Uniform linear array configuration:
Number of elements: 64
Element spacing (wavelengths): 1
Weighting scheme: blackman
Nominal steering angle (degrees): -30
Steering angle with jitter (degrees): -28.978
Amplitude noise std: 0.05
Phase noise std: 0.05

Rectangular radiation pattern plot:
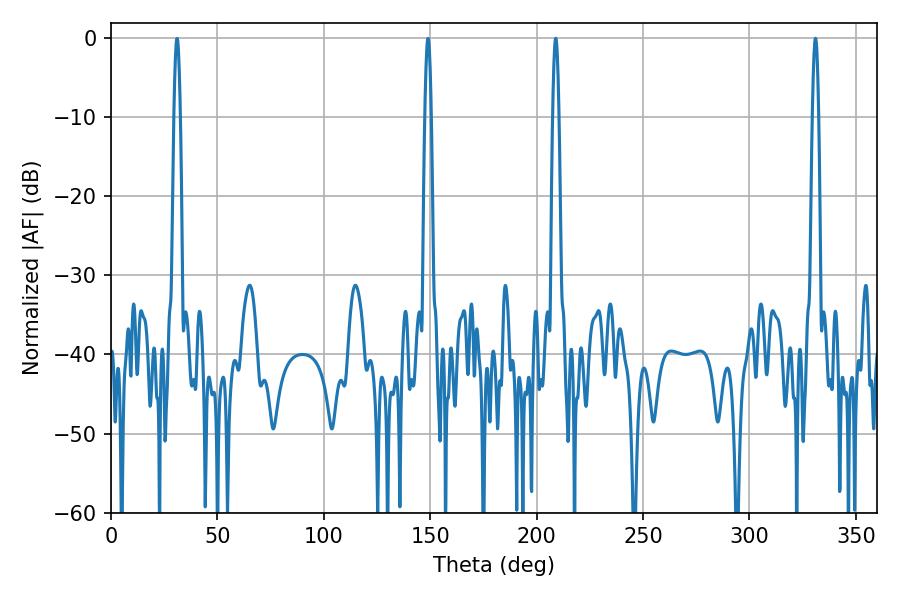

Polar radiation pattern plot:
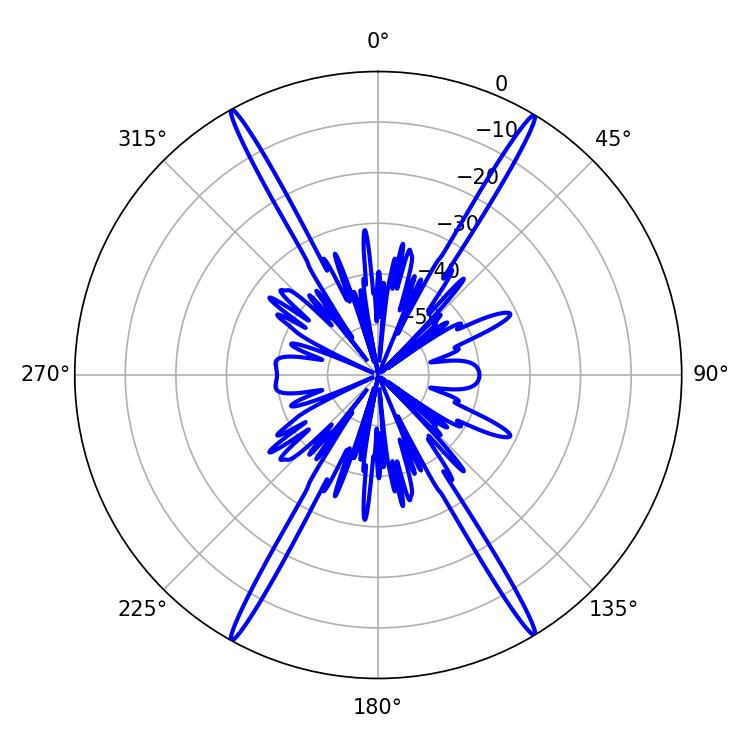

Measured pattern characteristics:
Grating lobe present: TRUE
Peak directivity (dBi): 28.743
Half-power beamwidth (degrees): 1.44
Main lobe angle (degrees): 208.98